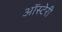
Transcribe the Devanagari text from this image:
ऑस्टेरी